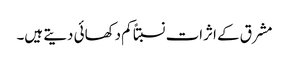
مشرق کے اثرات نسبتاً کم دکھائی دیتے ہیں۔